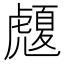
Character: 𧈄